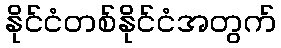
နိုင်ငံတစ်နိုင်ငံအတွက်